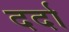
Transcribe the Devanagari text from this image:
दर्दा